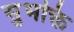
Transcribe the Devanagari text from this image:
सुभक्ति